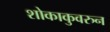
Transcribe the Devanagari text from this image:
शोकाकुवरुन